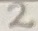
Text: 2